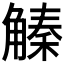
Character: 𧤛